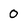
Character: 0